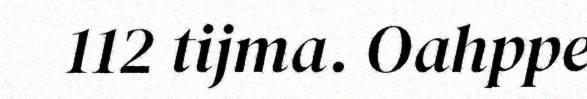
112 tijma. Oahppe